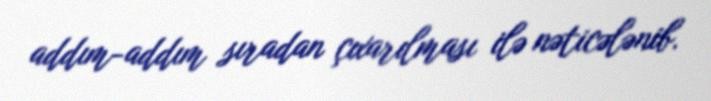
addım-addım sıradan çıxarılması ilə nəticələnib.